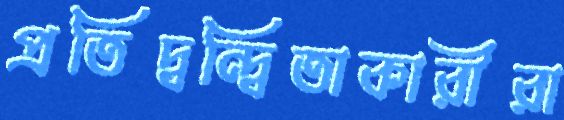
প্রতিদ্বন্দ্বিতাকারীরা